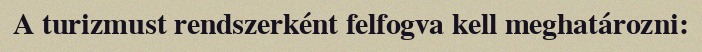
A turizmust rendszerként felfogva kell meghatározni: